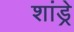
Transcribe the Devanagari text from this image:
शांड्रे